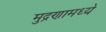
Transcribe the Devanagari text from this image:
मुद्रणामध्ये